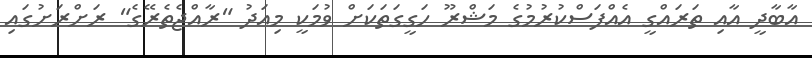
އާބާދީ އާއި ތަރައްގީ އެއްފަސްކުރުމުގެ މަޝްރޫ ހަގީގަތަކަށް ވުމަކީ މިއަދު "ރާއްޖެތެރޭގެ" ރަށްރަށުގައި